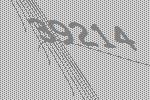
39214